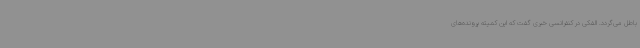
باطل می‌گردد. الفکی در کنفرانسی خبری گفت که این کمیته پرونده‌های